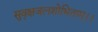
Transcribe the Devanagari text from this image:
सुवृक्षजलशोभिताम्।।